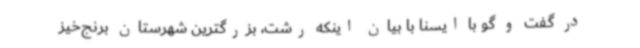
در گفت و گو با ایسنا با بیان اینکه رشت، بزرگترین شهرستان برنج‌خیز